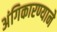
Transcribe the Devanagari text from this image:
अंगिकारण्याने